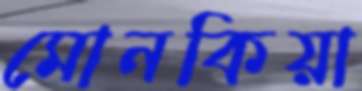
মোনকিয়া